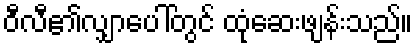
ဝီလီ၏လျှာပေါ်တွင် ထုံဆေးဖျန်းသည်။